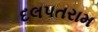
દલપતરામ